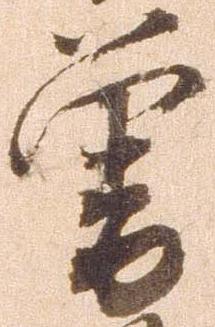
曽